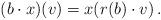
LaTeX: \begin{align*}(b \cdot x) (v) = x (r(b) \cdot v) \, . \end{align*}